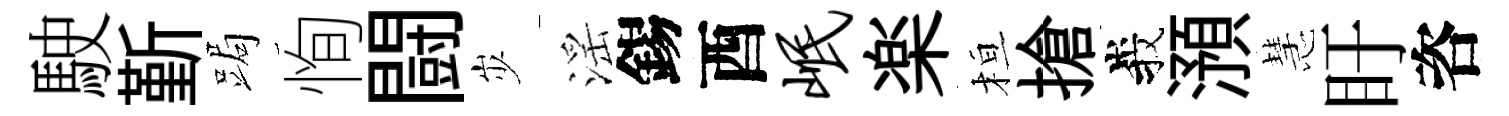
駛斳跼恂闘𡵯滛錫酉岷楽桓搶峩澦慧盱咨